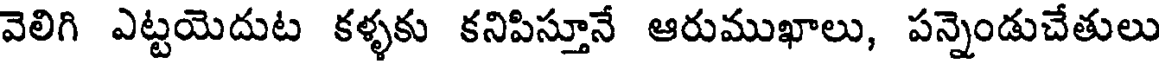
వెలిగి ఎట్టయెదుట కళ్ళకు కనిపిస్తూనే ఆరుముఖాలు, పన్నెండుచేతులు